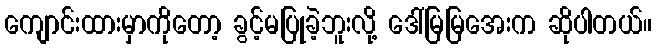
ကျောင်းထားမှာကိုတော့ ခွင့်မပြုခဲ့ဘူးလို့ ဒေါ်မြမြအေးက ဆိုပါတယ်။